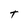
Character: T